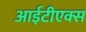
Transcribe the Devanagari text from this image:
आईटीएक्स